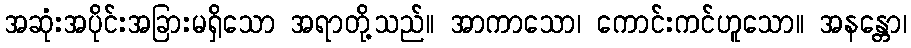
အဆုံးအပိုင်းအခြားမရှိသော အရာတို့သည်။ အာကာသော၊ ကောင်းကင်ဟူသော။ အနန္တော၊